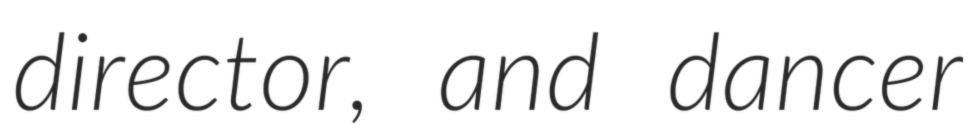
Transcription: director, and dancer